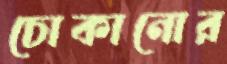
চোকানোর